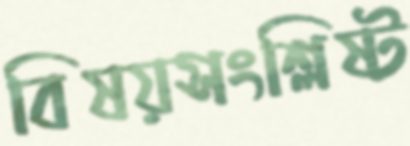
বিষয়সংশ্লিষ্ট